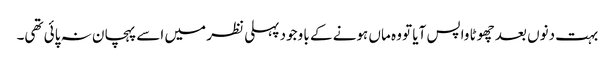
بہت دنوں بعد چھوٹا واپس آیا تو وہ ماں ہونے کے با وجود پہلی نظر میں اسے پہچان نہ پائی تھی۔